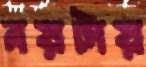
নয়টায়